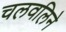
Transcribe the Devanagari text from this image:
चलवलिने